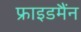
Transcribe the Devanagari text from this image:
फ्राइडमैंन